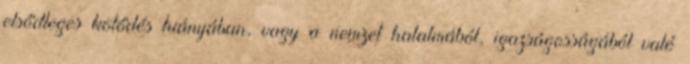
elsődleges kötődés hiányában, vagy a nemzet hatalmából, igazságosságából való